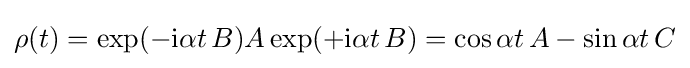
\rho (t)=\exp(-\mathrm {i} \alpha t\,B)A\exp(+\mathrm {i} \alpha t\,B)=\cos \alpha t\,A-\sin \alpha t\,C